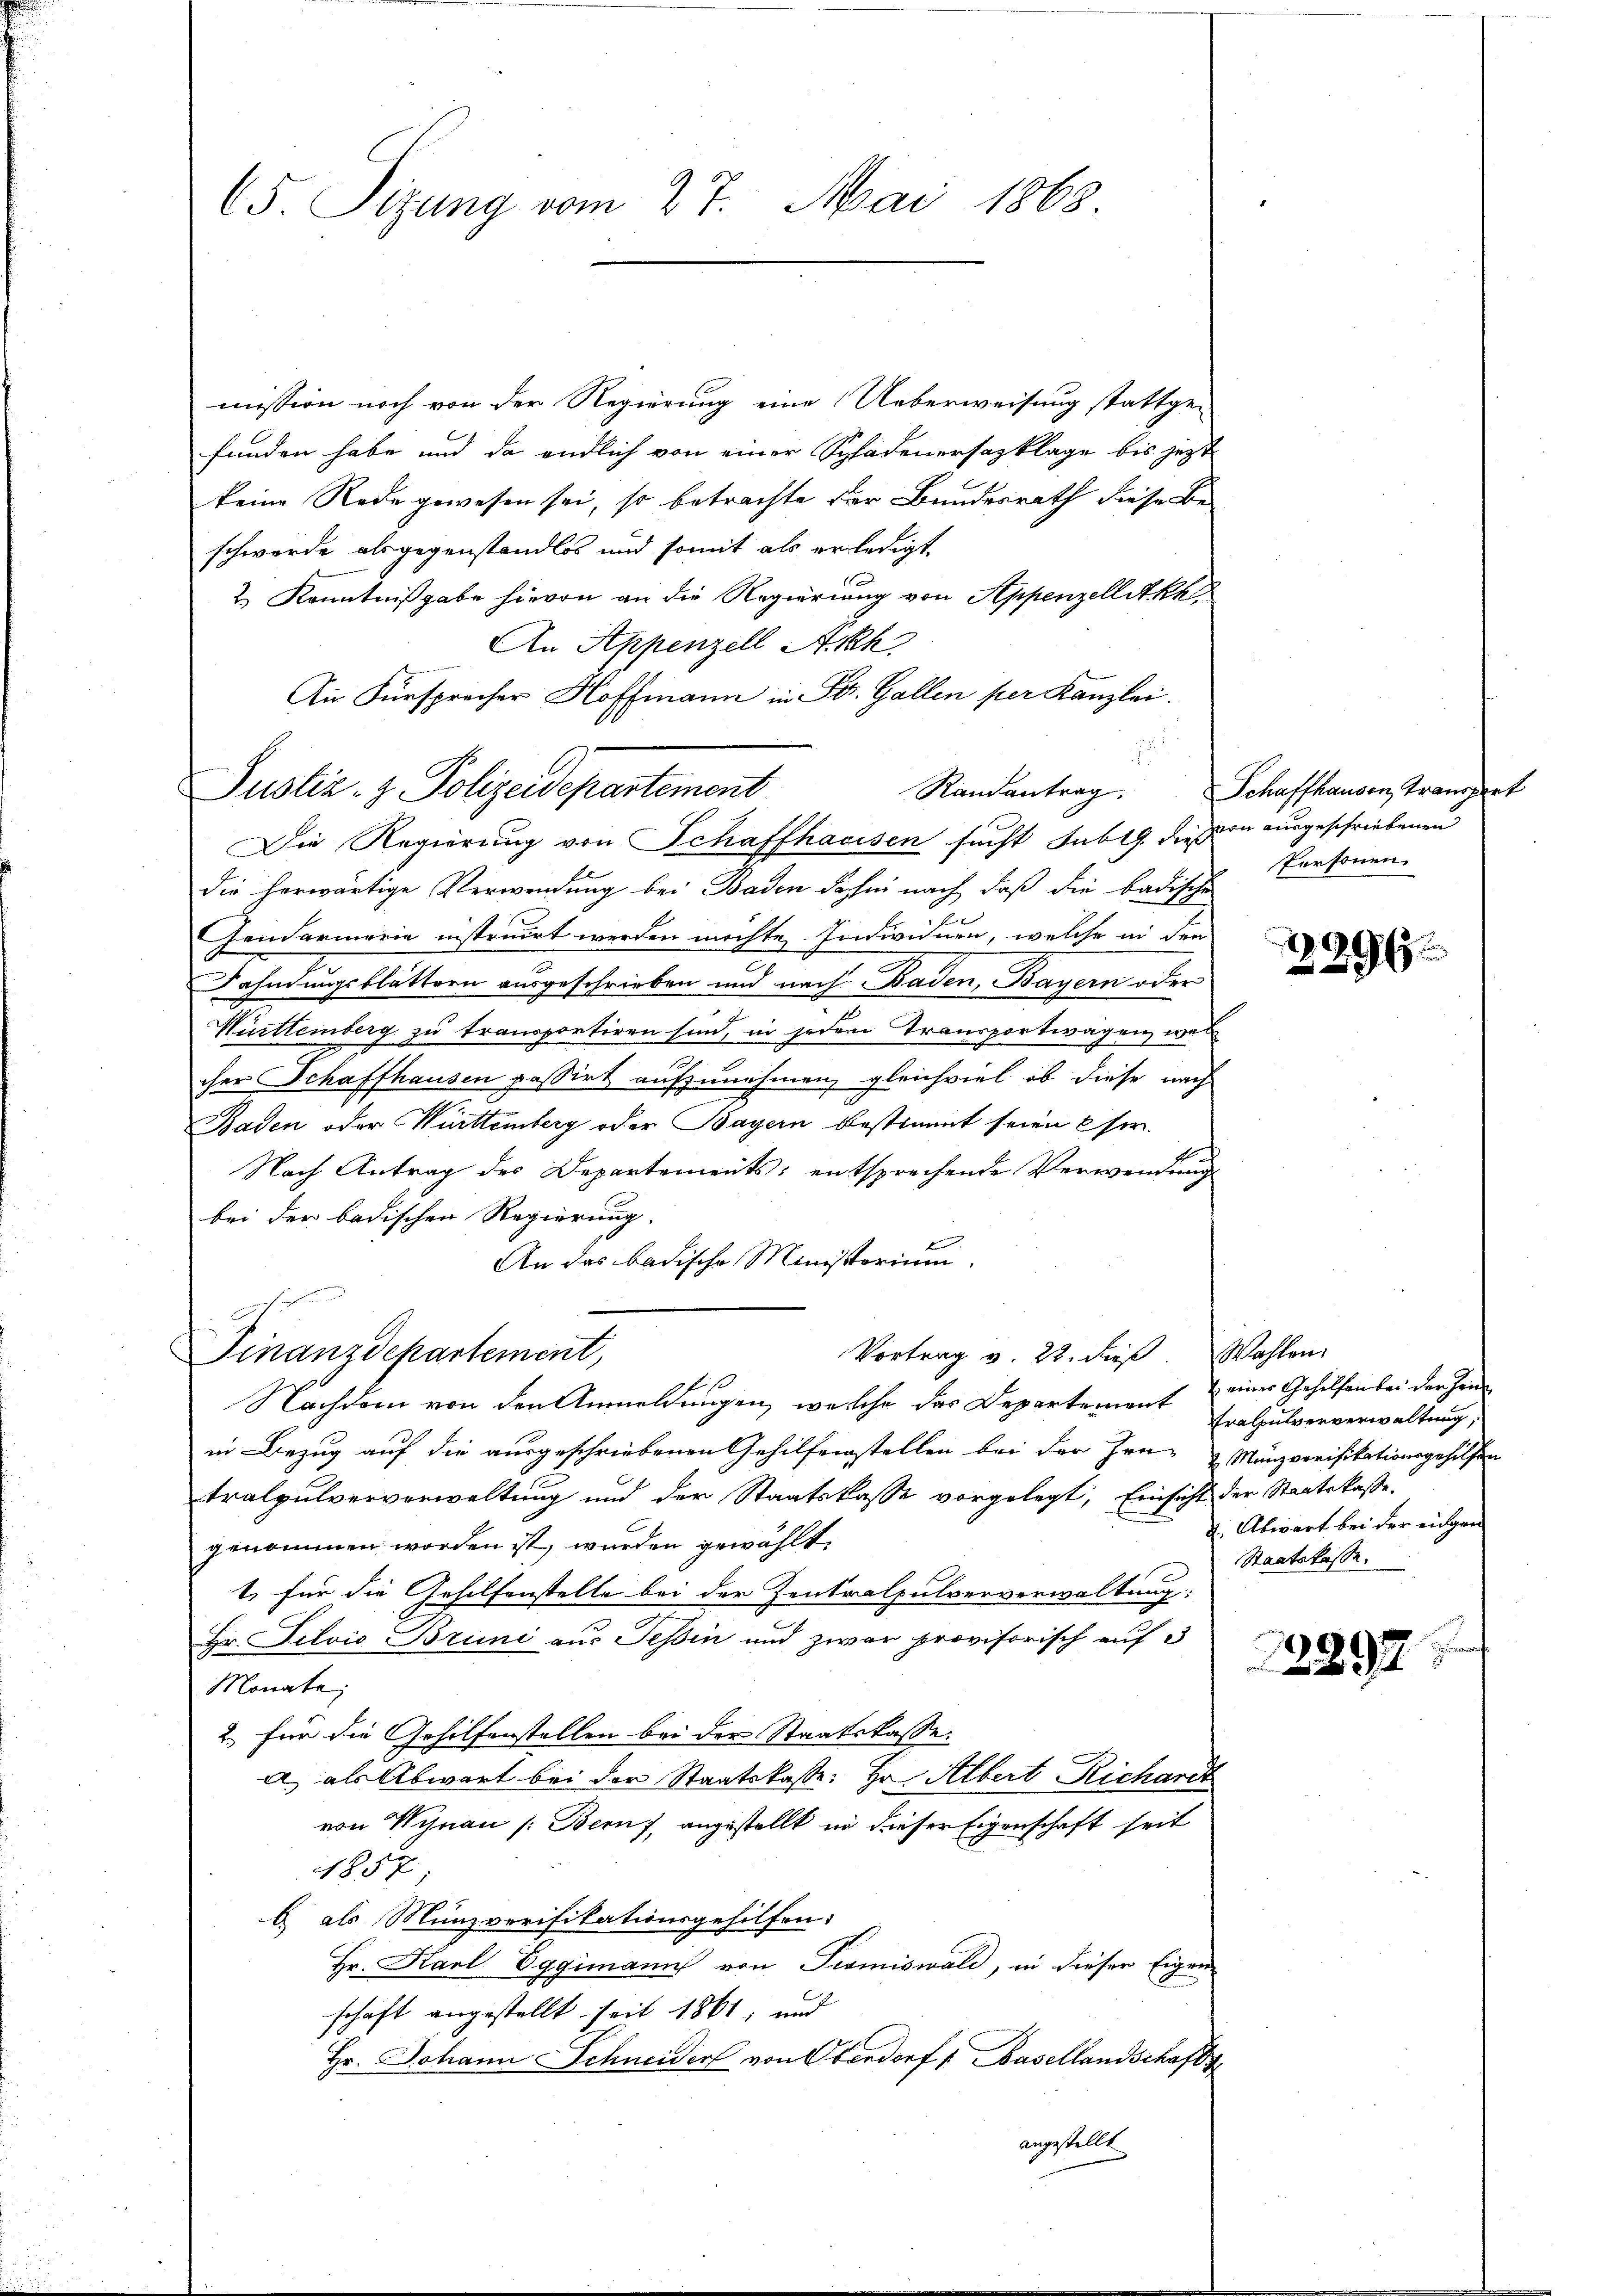
65 Sizung vom 27. Mai 1868.

mission noch von der Regierung eine Ueberweisung stattge-
funden habe und da endlich von einer Schadenersazklage bis jetzt
keine Rede gewesen sei, so betrachte der Bundesrath diese Beschwerde als gegenstandlos und somit als erledigt
2.) Kenntnißgabe hievon an die Regierung von Appenzellit khl¬
An Appenzell Ah.
Die Fürsprecher Hoffmann in St. Gallen per Kanzlei.
die herwärtige Verwendung bei Baden dahin nach, daß die badische
Gendarmerie instruirt werden möchte Individuen, welche in den
Fahndungsblättern ausgeschrieben und nach Baden, Bayern oder
Württemberg zu transportiren sind, in jedem Transportwagen, wel
cher Schaffhausen passirt aufzunehmen, gleichviel ob diese nach
Baden oder Württemberg oder Bayern bestimmt seien se
i
Nach Antrag des Departements, entsprechende Verwendung
bei der badischen Regierung.
An das badische Ministorium.
c
Vortrag v. 22. dieß. Wahlen.
Finanzdepartement,
Nachdem von den Anmeldungen, welche das Departement Fralpulververwaltung,
in Bezug auf die ausgeschriebenen Gehilfenstellen bei der Hrn. Manzverifikationsgehilfen
tralpulververwaltung und der Staatskasse vorgelegt, Einsicht der Staatskasse
genommen worden ist, wurden gewählt:
1. Für die Gehilfenstelle bei der Zentralpulververwaltung:
Hr. Silvis Brini aus Tessin und zwar provisorisch auf 3
Monate;
2. für die Gehilfenstellen bei der Staatskasse.
a) als Abwart bei der Staatskasse: Hr. Albert Richarit
von Wohnau (Beruf, angestellt in dieser Eigenschaft seit
1857
b als Münzverifikationsgehilfen:
Hr. Karl Eggimann von Tramiswald, in dieser Eigen
schaft angestellt seit 1861, und
Hr. Johann Schneider von Oberdorf 1. Basellandschaft
angestellt

Justiz- & Polizeidepartement
Die Regierung von Schaffhacisen sucht subi diesen ausgeschriebenen

u

Randantrag. Schaffhausen, Transport
Personen

9.
2

einer Gehilfen bei der Hein
1, Abwart bei der eidgen
Staatskasse.

1297